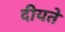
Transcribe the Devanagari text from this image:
दीयते